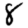
Digit: 8